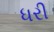
ધરી